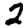
Digit: 2